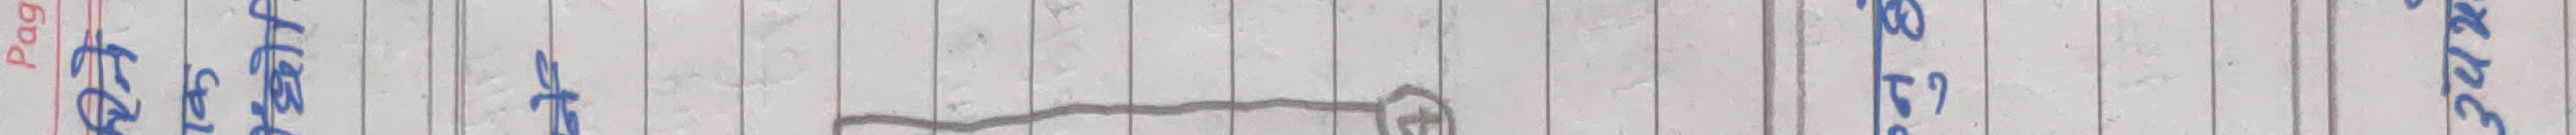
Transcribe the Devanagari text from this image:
pag
२६
बाइग
र
७
प
७
३प